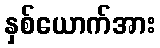
နှစ်ယောက်အား